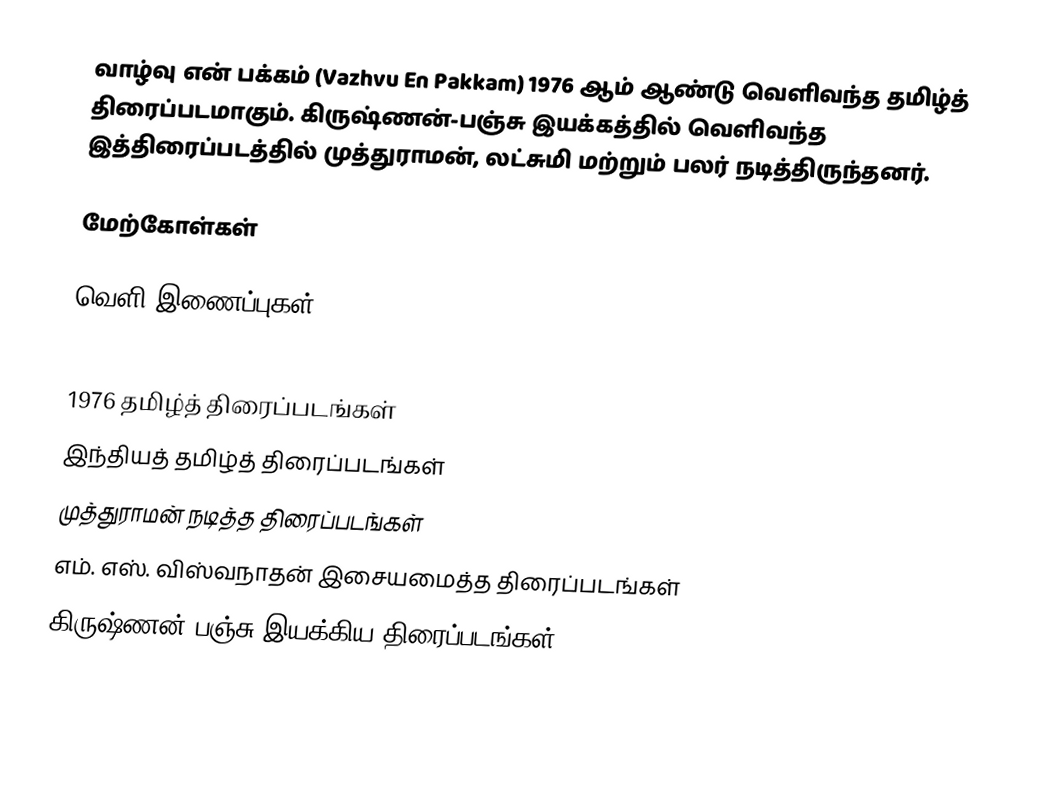
வாழ்வு என் பக்கம் (Vazhvu En Pakkam) 1976 ஆம் ஆண்டு வெளிவந்த தமிழ்த் திரைப்படமாகும். கிருஷ்ணன்-பஞ்சு இயக்கத்தில் வெளிவந்த இத்திரைப்படத்தில் முத்துராமன், லட்சுமி மற்றும் பலர் நடித்திருந்தனர்.

மேற்கோள்கள்

வெளி இணைப்புகள்

1976 தமிழ்த் திரைப்படங்கள்
இந்தியத் தமிழ்த் திரைப்படங்கள்
முத்துராமன் நடித்த திரைப்படங்கள்
எம். எஸ். விஸ்வநாதன் இசையமைத்த திரைப்படங்கள்
கிருஷ்ணன்-பஞ்சு இயக்கிய திரைப்படங்கள்